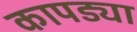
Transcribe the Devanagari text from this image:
कापड्या